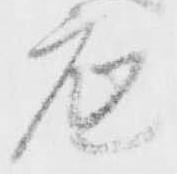
底